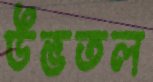
উভতল